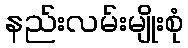
နည်းလမ်းမျိုးစုံ